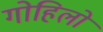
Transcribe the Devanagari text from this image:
गोहिलो